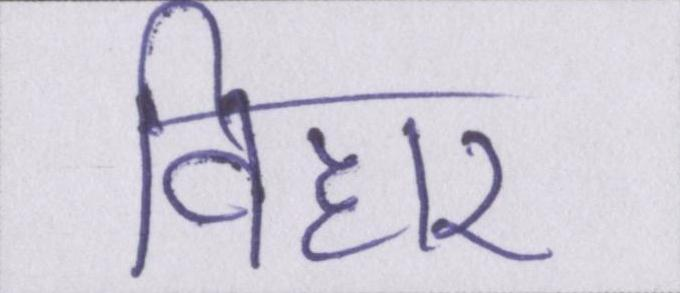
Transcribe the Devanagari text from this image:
विहार